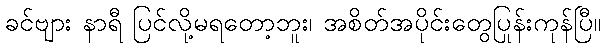
ခင်ဗျား နာရီ ပြင်လို့မရတော့ဘူး၊ အစိတ်အပိုင်းတွေပြုန်းကုန်ပြီ။